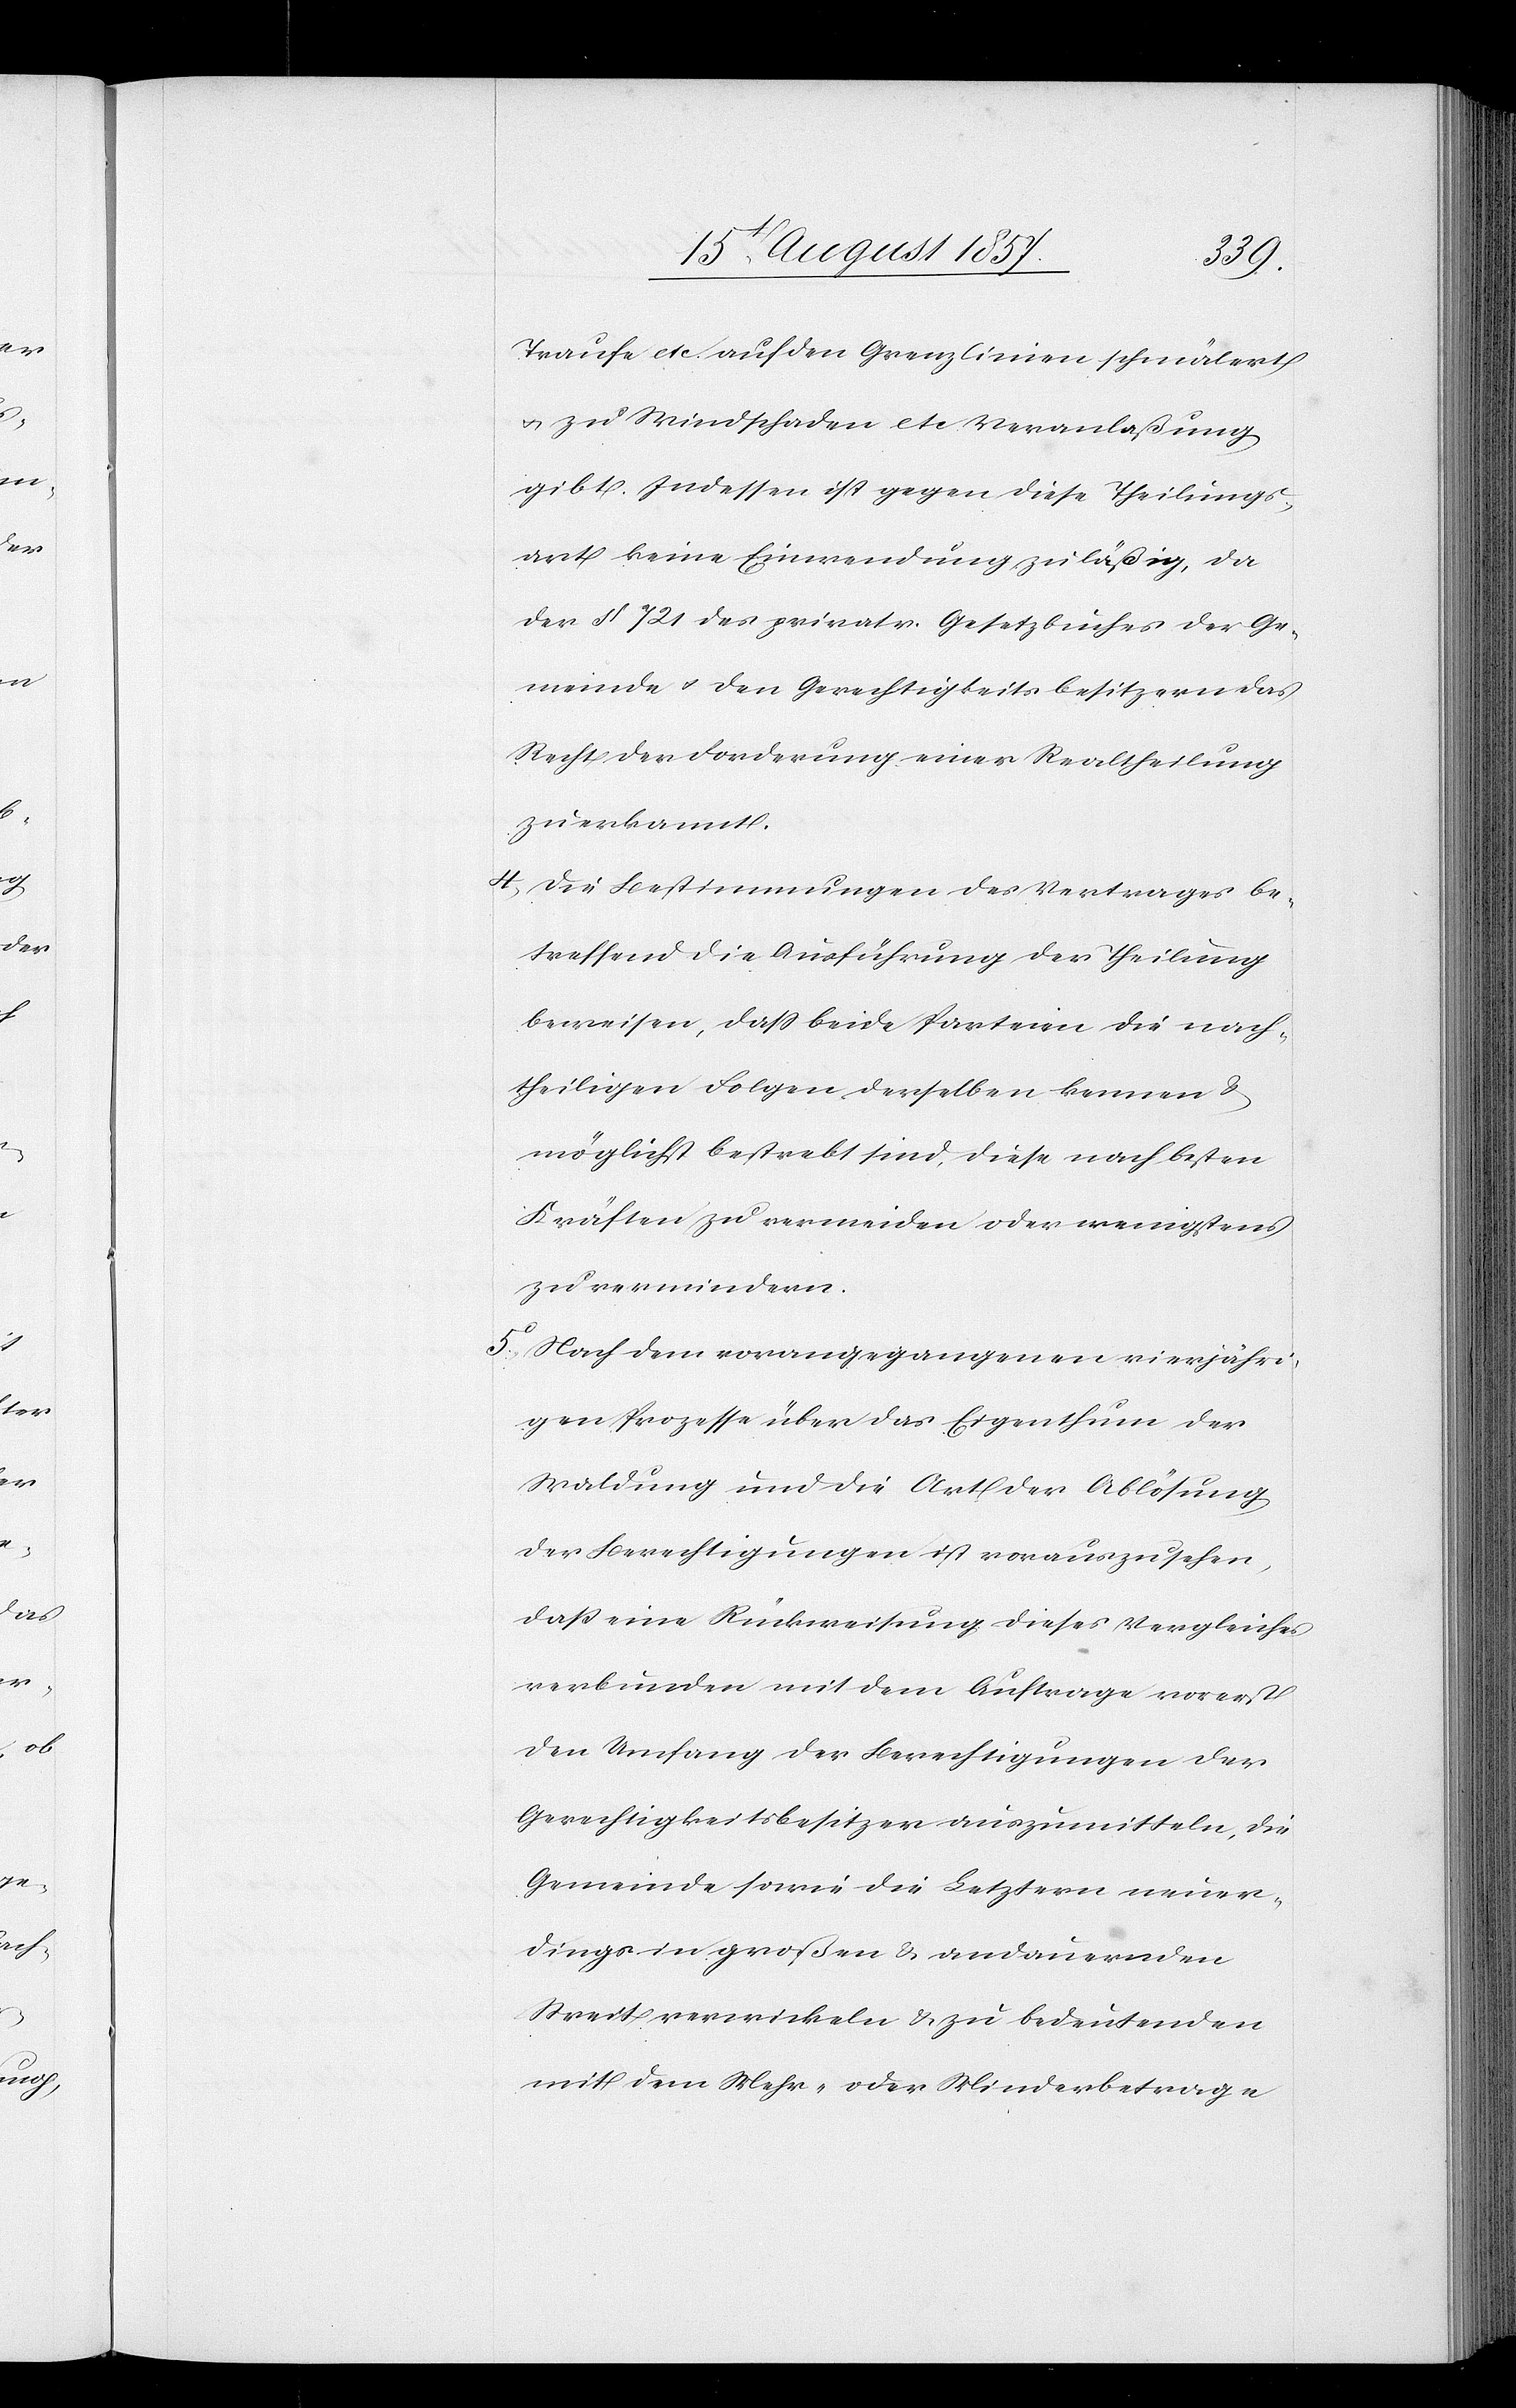
Traufe etc auf den Grenzlinien schmälert
& zu Windschaden etc Veranlaßung
gibt. Indessen ist gegen diese Theilungs¬
art keine Einwendung zuläßig, da
der § 721 des privatr. Gesetzbuches der Ge¬
meinde & den Gerechtigkeitsbesitzern das
Recht der Forderung einer Realtheilung
zuerkannt.
4) Die Bestimmungen des Vertrages be¬
treffend die Ausführung der Theilung
beweisen, daß beide Parteien die nach¬
theiligen Folgen derselben kennen &
möglichst bestrebt sind, diese nach besten
Kräften zu vermeiden oder wenigstens
zu vermindern.
5) Nach dem vorangegangenen vierjähri¬
gen Prozesse über das Eigenthum der
Waldung und die Art der Ablöhnung
der Berechtigungen ist vorauszusehen,
daß eine Rückweisung dieses Vergleiches
verbunden mit dem Auftrage vorerst
den Umfang der Berechtigungen der
Gerechtigkeitsbesitzer auszumitteln, die
Gemeinde sowie die Letztern neuer¬
dings in großen & andauernden
Streit verwickeln & zu bedeutenden
mit dem Mehr- oder Minderbetrage